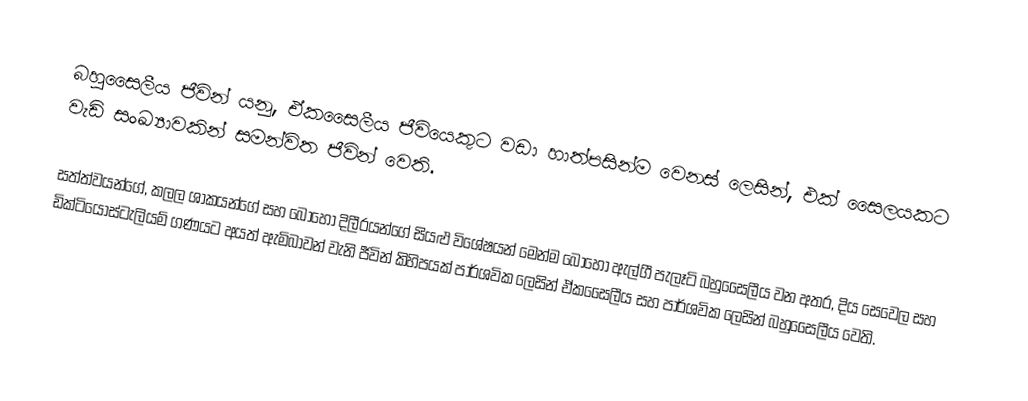
බහුසෛලීය ජීවින් යනු, ඒකසෛලීය ජීවියෙකුට වඩා හාත්පසින්ම වෙනස් ලෙසින්,  එක් සෛලයකට වැඩි සංඛ්‍යාවකින් සමන්විත ජීවින් වෙති.

සත්ත්වයන්ගේ, කලල ශාකයන්ගේ සහ බොහෝ දිලීරයන්ගේ සියළු විශේෂයන් මෙන්ම බොහෝ ඇල්ගී පැලෑටි බහුසෛලීය වන අතර, දිය සෙවෙල සහ  ඩික්ටියෝස්ටැලියම් ගණයට අයත් ඇමිබාවන් වැනි ජීවින් කිහිපයක් පාර්ශවික ලෙසින් ඒකසෛලීය සහ පාර්ශවික ලෙසින් බහුසෛලීය වෙති.